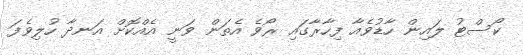
ކޯސްޓު ލައިން ހާޑުވެއާ ފިހާރާގައި ރޯވެ އެތަން ވަނީ އެއްކޮށް އަނދާ ހުލިވެފަ